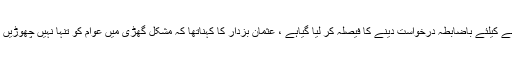
تفصیلات کے مطابق پنجاب حکومت کی جانب سے فوج کو بلانے کیلئے باضابطہ درخواست دینے کا فیصلہ کر لیا گیاہے ، عثمان بزدار کا کہناتھا کہ مشکل گھڑی میں عوام کو تنہا نہیں چھوڑیں گے ، عوام کے تحفظ کیلئے تمام وسائل بروئے کا ر لائیں گے ۔